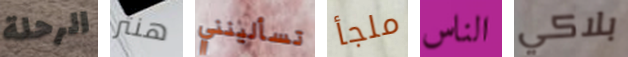
الرحلة هنتر تسألينني ملجأ الناس بلاكي